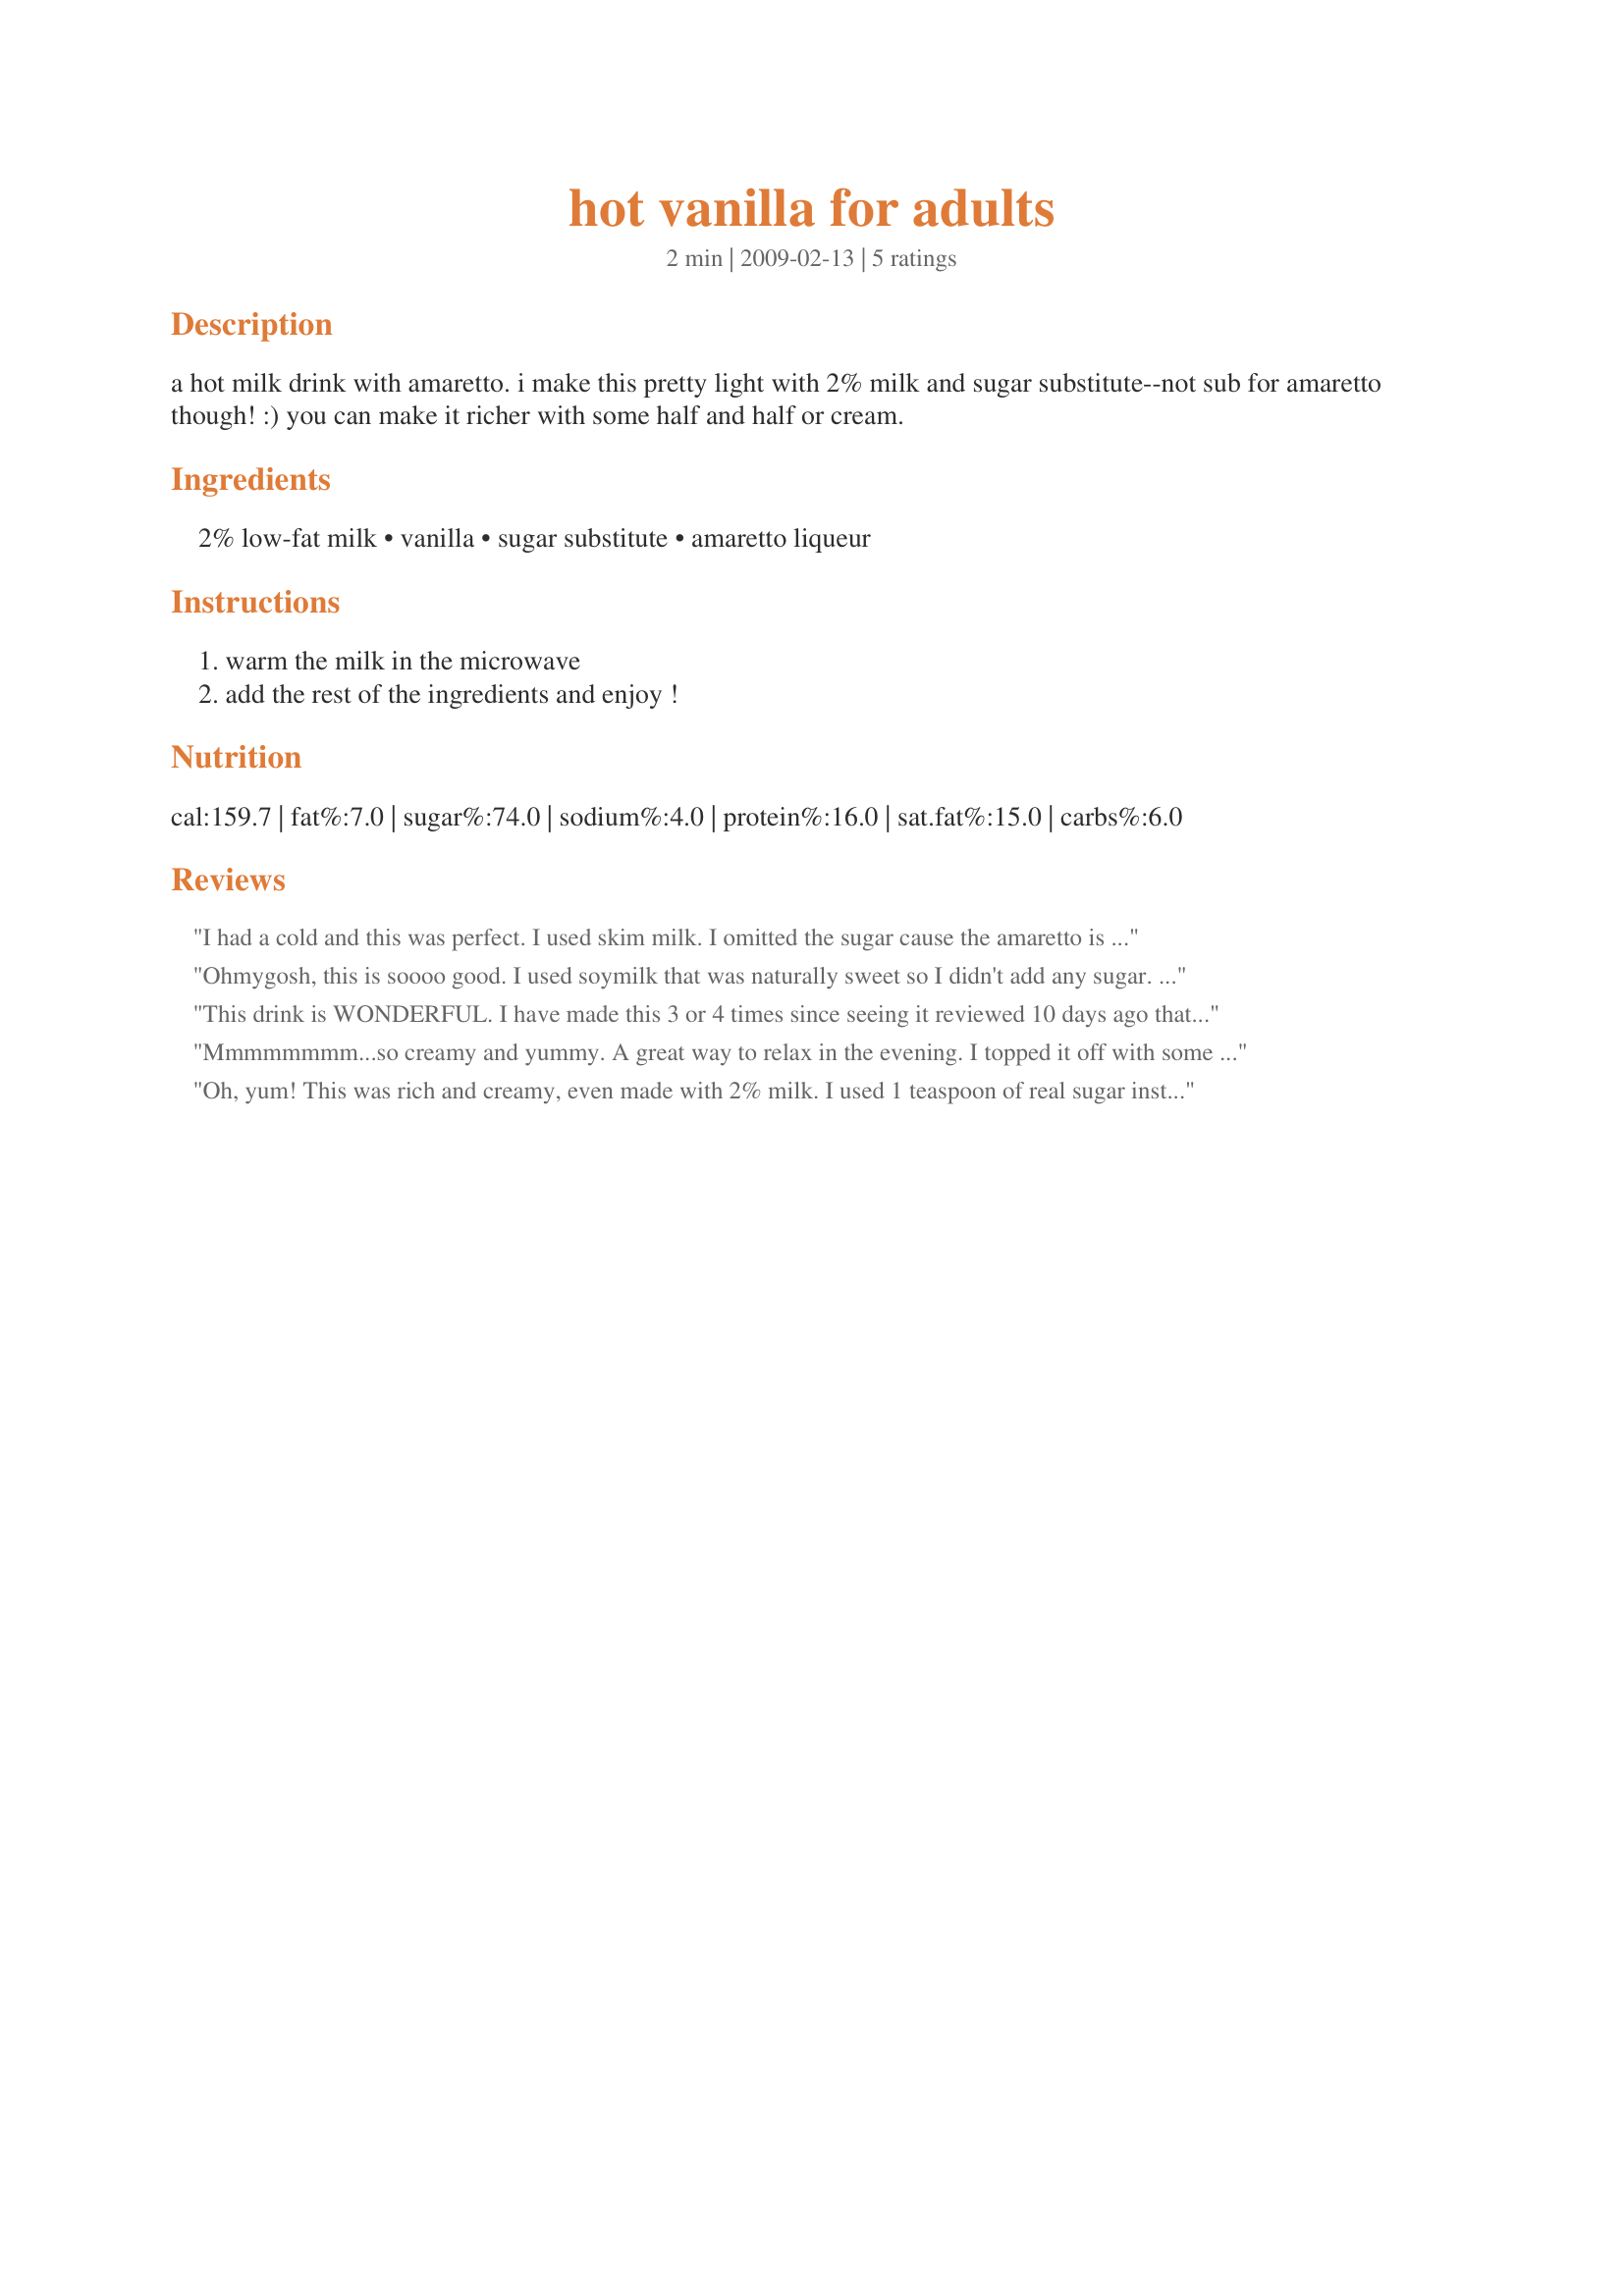
hot vanilla for adults
Preparation time: 2 minutes

a hot milk drink with amaretto. i make this pretty light with 2% milk and sugar substitute--not sub for amaretto though! :) you can make it richer with some half and half or cream.

Ingredients:
2% low-fat milk, vanilla, sugar substitute, amaretto liqueur

Steps:
warm the milk in the microwave, add the rest of the ingredients and enjoy !

Reviews:
I had a cold and this was perfect. I used skim milk. I omitted the sugar cause the amaretto is already sweet enough for me. I drank it in less than 5 minutes. Thanks Mami Janine. Made for Bevy tag.
Ohmygosh, this is soooo good. I used soymilk that was naturally sweet so I didn't add any sugar. Did I mention that this is SOOO good?!?! This is the perfect drink to have now that the weather is starting to get chilly again. Thank you so much :)
This drink is WONDERFUL. I have made this 3 or 4 times since seeing it reviewed 10 days ago that I've run out of Amaretto..LOL. I use 2% milk & sometimes I use sweetener & sometimes not. I sprinkle the top with a touch of cinnamon. On the last making, I added a couple of TBSP. of chocolate syrup..yum. Thanks for a nice treat!
Mmmmmmmm...so creamy and yummy. A great way to relax in the evening. I topped it off with some whipped cream and a sprinkling of cocoa sugar. Made for August, 2009 Bevy Tag.
Oh, yum! This was rich and creamy, even made with 2% milk. I used 1 teaspoon of real sugar instead of the subsitute, and recipe #202716 for the amaretto. Great winter drink! Thanks for posting.
